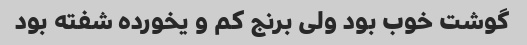
گوشت خوب بود ولی برنج کم و یخورده شفته بود